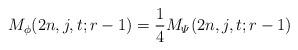
LaTeX: \begin{align*}M_{\phi}(2n,j,t;r-1)=\frac{1}{4}M_{\varPsi}(2n,j,t;r-1)\end{align*}